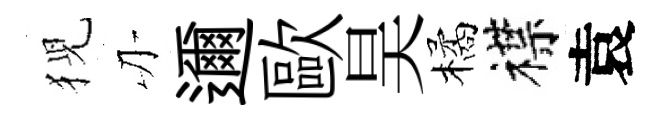
猊刃邇歐昊橘襟袁